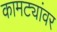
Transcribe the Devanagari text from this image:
कामट्यांवर